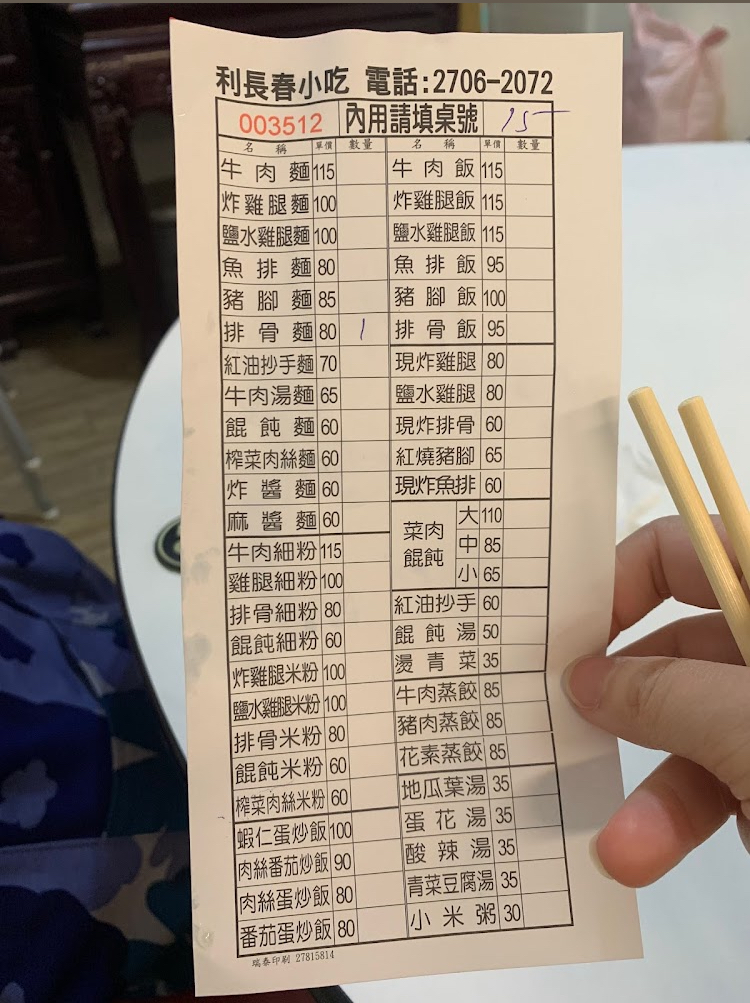
餐廳：利長春小吃
電話：2706-2072
菜單：
name: 牛肉麵
price: 115
name: 牛肉飯
price: 115
name: 炸雞腿麵
price: 100
name: 炸雞腿飯
price: 115
name: 鹽水雞腿麵
price: 100
name: 鹽水雞腿飯
price: 115
name: 魚排麵
price: 80
name: 魚排飯
price: 95
name: 豬腳麵
price: 85
name: 豬腳飯
price: 100
name: 排骨麵
price: 80
name: 排骨飯
price: 95
name: 紅油抄手麵
price: 70
name: 現炸雞腿
price: 80
name: 牛肉湯麵
price: 65
name: 鹽水雞腿
price: 80
name: 餛飩麵
price: 60
name: 現炸排骨
price: 60
name: 榨菜肉絲麵
price: 60
name: 紅燒豬腳
price: 65
name: 炸醬麵
price: 60
name: 現炸魚排
price: 60
name: 麻醬麵
price: 60
name: 牛肉細粉
price: 115
name: 雞腿細粉
price: 100
name: 菜肉餛飩大
price: 110
name: 菜肉餛飩中
price: 85
name: 菜肉餛飩小
price: 65
name: 排骨細粉
price: 80
name: 紅油抄手
price: 60
name: 餛飩細粉
price: 60
name: 餛飩湯
price: 50
name: 炸雞腿米粉
price: 100
name: 燙青菜
price: 35
name: 鹽水雞腿米粉
price: 100
name: 牛肉蒸餃
price: 85
name: 豬肉蒸餃
price: 85
name: 排骨米粉
price: 80
name: 餛飩米粉
price: 60
name: 花素蒸餃
price: 85
name: 榨菜肉絲米粉
price: 60
name: 地瓜葉湯
price: 35
name: 蝦仁蛋炒飯
price: 100
name: 蛋花湯
price: 35
name: 肉絲番茄炒飯
price: 90
name: 酸辣湯
price: 35
name: 肉絲蛋炒飯
price: 80
name: 青菜豆腐湯
price: 35
name: 小米粥
price: 30
name: 番茄蛋炒飯
price: 80